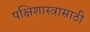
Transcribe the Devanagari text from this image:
पक्षिशास्त्रासाठी